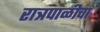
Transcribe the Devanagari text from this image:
रात्रपाळीचा